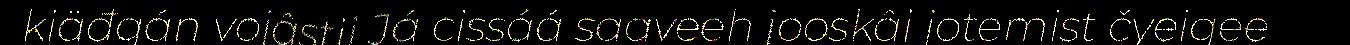
kiäđgán vojâstij Já cissáá saaveeh jooskâi jotemist čyeigee